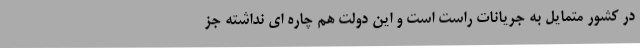
در کشور متمایل به جریانات راست است و این دولت هم چاره ای نداشته جز